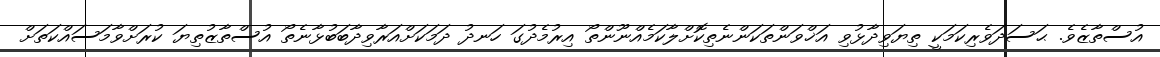
އުސްތާޒެވެ. ޙަސަދަވެރިކަމަކީ ތިޔަވިދާޅުވި އަޚްވަންތަކަންނެތިކޮށްލާކަމެއްނޫންތޯ އިރުމެދުގަ ހަނދު ދަމަކަށްއަރާވިދާބަބުޅާނެތޯ އުސްތާޒުތިޔަ ކުރަށްވާމަސައްކަތަށް